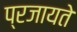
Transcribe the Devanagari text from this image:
प्रजायते